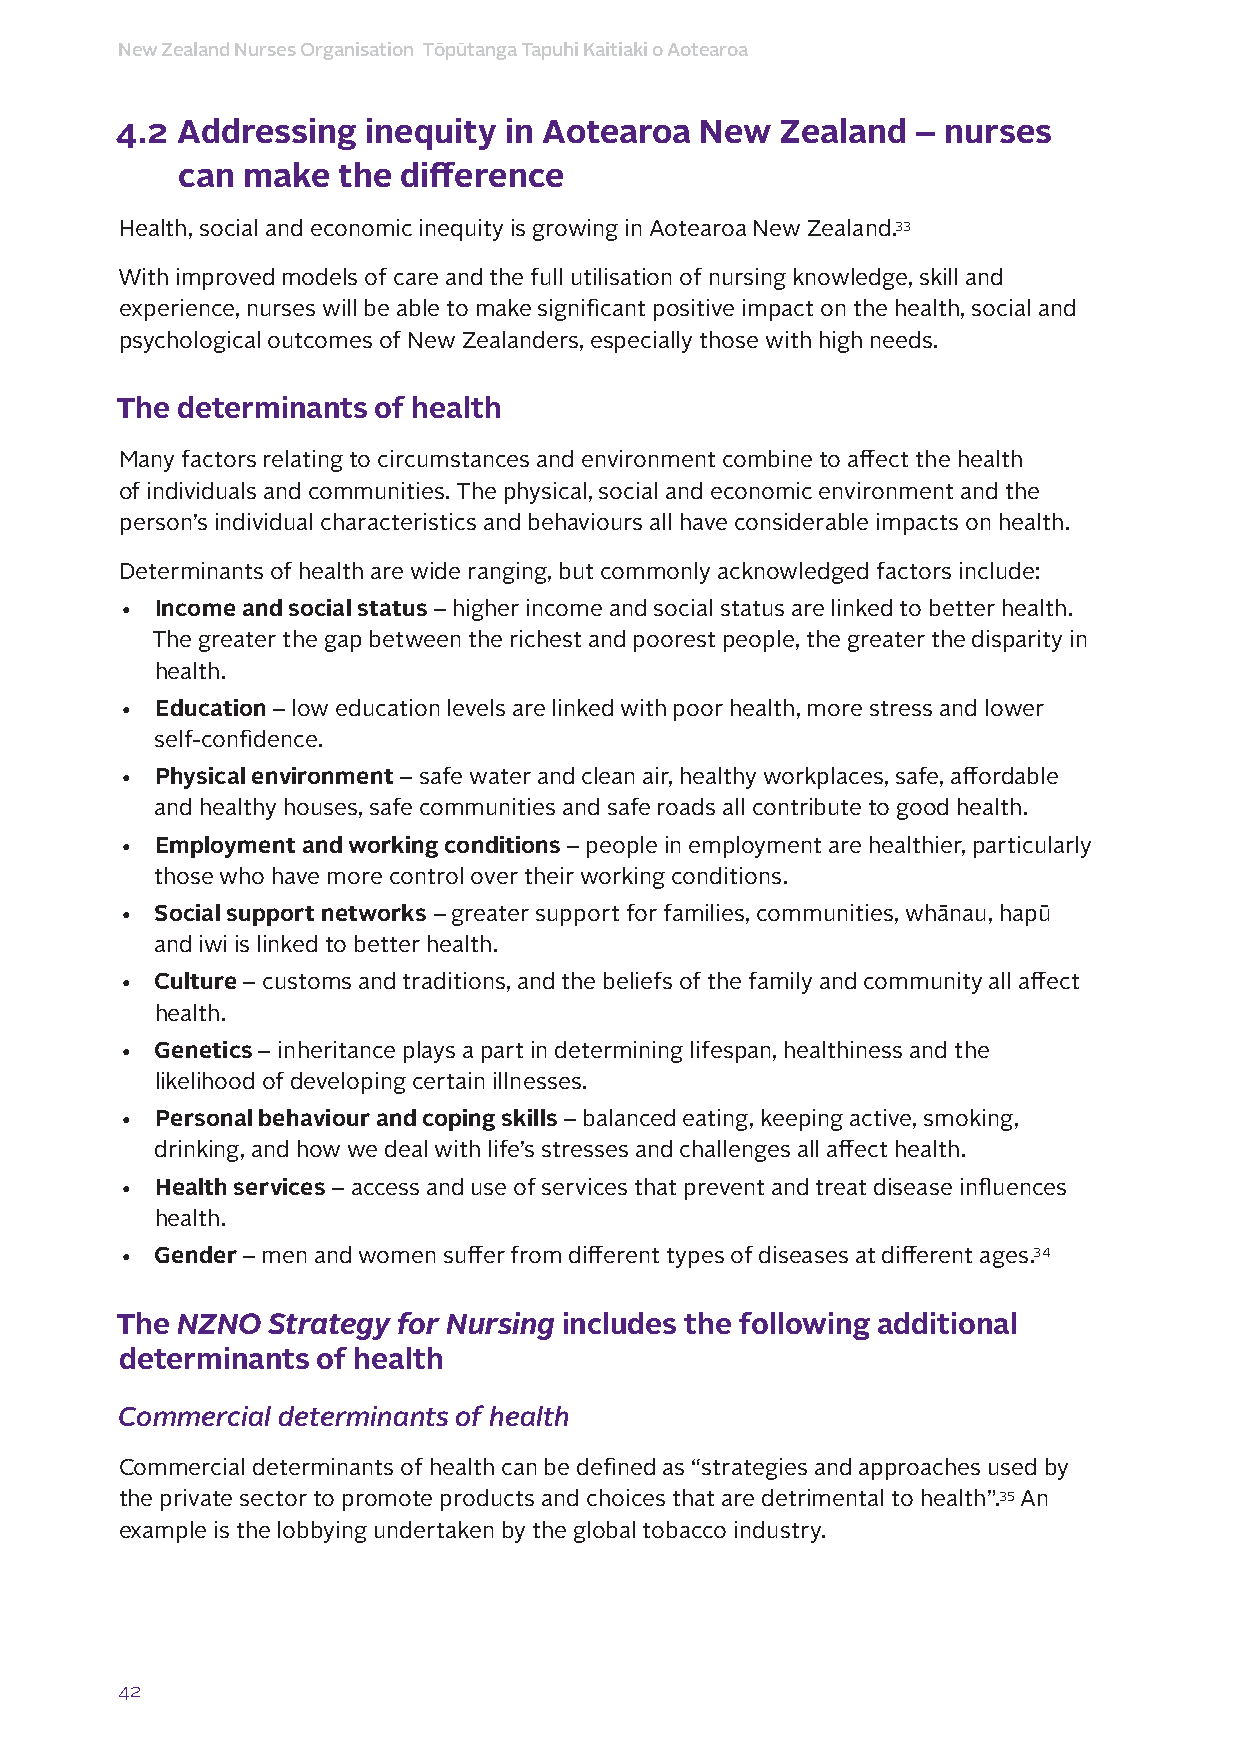
New Zealand Nurses Organisation Tōpūtanga Tapuhi Kaitiaki o Aotearoa
 4.2 Addressing  inequity in Aotearoa  New   Zealand  – nurses
 can make  the difference
 Health, social and economic inequity is growing in Aotearoa New Zealand.33
 With improved models of care and the full utilisation of nursing knowledge, skill and
 experience, nurses will be able to make significant positive impact on the health, social and
 psychological outcomes of New Zealanders, especially those with high needs.
 The determinants of health
 Many factors relating to circumstances and environment combine to affect the health
 of individuals and communities. The physical, social and economic environment and the
 person’s individual characteristics and behaviours all have considerable impacts on health.
 Determinants of health are wide ranging, but commonly acknowledged factors include:
 • Income and social status – higher income and social status are linked to better health.
 The greater the gap between the richest and poorest people, the greater the disparity in
 health.
 • Education – low education levels are linked with poor health, more stress and lower
 self-confidence.
 • Physical environment – safe water and clean air, healthy workplaces, safe, affordable
 and healthy houses, safe communities and safe roads all contribute to good health.
 • Employment and working conditions – people in employment are healthier, particularly
 those who have more control over their working conditions.
 • Social support networks – greater support for families, communities, whānau, hapū
 and iwi is linked to better health.
 • Culture – customs and traditions, and the beliefs of the family and community all affect
 health.
 • Genetics – inheritance plays a part in determining lifespan, healthiness and the
 likelihood of developing certain illnesses.
 • Personal behaviour and coping skills – balanced eating, keeping active, smoking,
 drinking, and how we deal with life’s stresses and challenges all affect health.
 • Health services – access and use of services that prevent and treat disease influences
 health.
 • Gender – men and women suffer from different types of diseases at different ages.34
 The NZNO  Strategy for Nursing includes the following additional
 determinants of health
 Commercial determinants of health
 Commercial determinants of health can be defined as “strategies and approaches used by
 the private sector to promote products and choices that are detrimental to health”.35 An
 example is the lobbying undertaken by the global tobacco industry.
 42